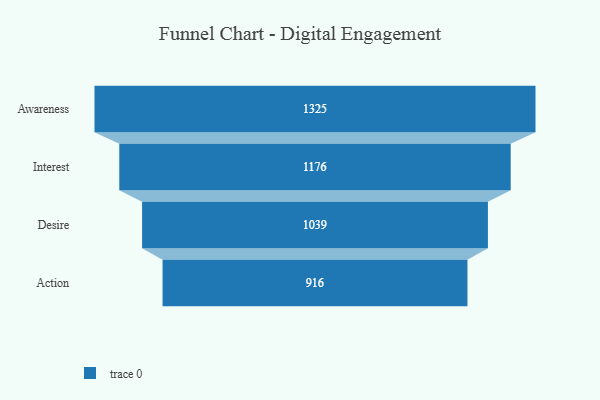
{"axis": {"x": "Stage", "y": "Value"}, "legend": [""], "data": [{"x": "Awareness", "y": 1325.0, "type": ""}, {"x": "Interest", "y": 1176.0, "type": ""}, {"x": "Desire", "y": 1039.0, "type": ""}, {"x": "Action", "y": 916.0, "type": ""}]}